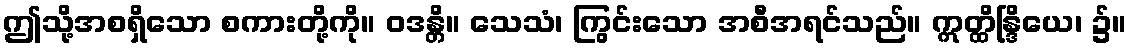
ဤသို့အစရှိသော စကားတို့ကို။ ဝဒန္တိ။ သေသံ၊ ကြွင်းသော အစီအရင်သည်။ ဣတ္ထိန္ဒြိယေ၊ ၌။